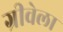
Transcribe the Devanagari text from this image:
ग्रीवेला